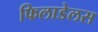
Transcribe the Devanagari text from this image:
फिलाडेलस